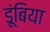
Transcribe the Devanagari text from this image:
डूंबिया